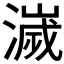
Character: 𣿄